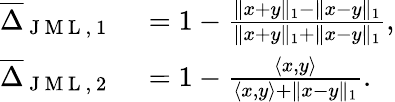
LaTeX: \begin{array}{rl}{\overline{{\Delta}}_{\mathrm{~J~M~L~,~1~}}}&{{}=1-\frac{\| x+y\| _{1}-\| x-y\| _{1}}{\| x+y\| _{1}+\| x-y\| _{1}},}\\ {\overline{{\Delta}}_{\mathrm{~J~M~L~,~2~}}}&{{}=1-\frac{\langle x,y\rangle}{\langle x,y\rangle+\| x-y\| _{1}}.}\end{array}